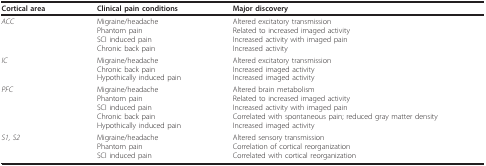
<table><thead><tr><td><b>Cortical area</b></td><td><b>Clinical pain conditions</b></td><td><b>Major discovery</b></td></tr></thead><tbody><tr><td><i>ACC</i></td><td>Migraine/headachePhantom painSCI induced painChronic back pain</td><td>Altered excitatory transmissionRelated to increased imaged activityIncreased activity with imaged painIncreased activity</td></tr><tr><td><i>IC</i></td><td>Migraine/headacheChronic back painHypothically induced pain</td><td>Altered excitatory transmissionIncreased imaged activityIncreased imaged activity</td></tr><tr><td><i>PFC</i></td><td>Migraine/headachePhantom painSCI induced painChronic back painHypothically induced pain</td><td>Altered brain metabolismRelated to increased imaged activityIncreased activity with imaged painCorrelated with spontaneous pain; reduced gray matter densityIncreased imaged activity</td></tr><tr><td><i>S1, S2</i></td><td>Migraine/headachePhantom painSCI induced pain</td><td>Altered sensory transmissionCorrelation of cortical reorganizationCorrelated with cortical reorganization</td></tr></tbody></table>